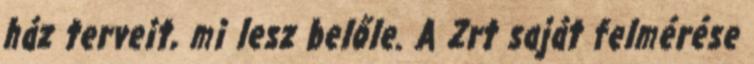
ház terveit, mi lesz belőle. A Zrt saját felmérése